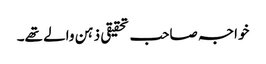
خواجہ صاحب تحقیقی ذہن والے تھے۔